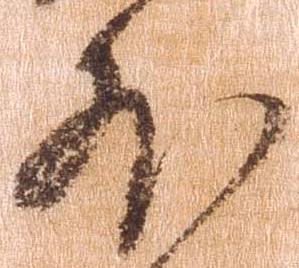
外